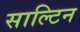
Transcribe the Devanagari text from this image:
साल्टिन